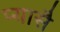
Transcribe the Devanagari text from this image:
प्यासै